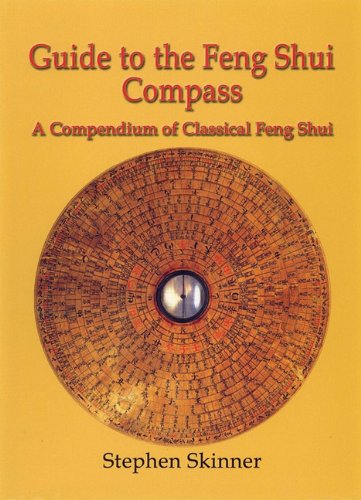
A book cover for Guide to the Feng Shui Compass: A Compendium of Classical Feng Shui; Dr Stephen Skinner; Religion & Spirituality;